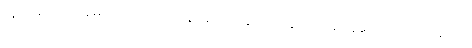
သူတို့မှာကော မောင့်မှာပါ ရုန်းကန်နေဖို့အတွက် အနာဂတ် ရှိနေသေးတယ်၊ ဖြူမှာက